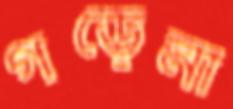
গড়েনা